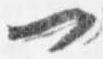
一